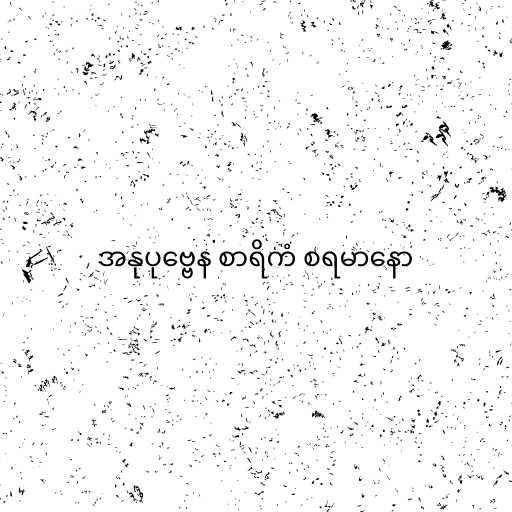
အနုပုဗ္ဗေန စာရိကံ စရမာနော